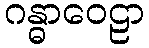
ဂန္ဓာဝေဠာ